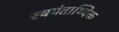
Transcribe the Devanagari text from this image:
स्वयंताथ्यिक